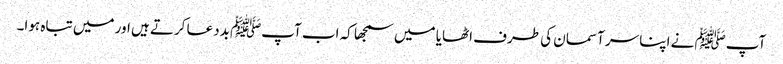
آپﷺ نے اپنا سر آسمان کی طرف اٹھایا میں سمجھا کہ اب آپﷺ بددعا کرتے ہیں اور میں تباہ ہوا۔